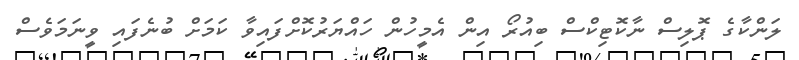
ލަންކާގެ ޕޮލިސް ނާކޮޓިކްސް ބިއުރޯ އިން އެމީހުން ހައްޔަރުކޮށްފައިވާ ކަމަށް ބުނެފައި ވީނަމަވެސް